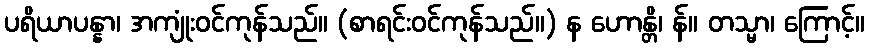
ပရိယာပန္နာ၊ အကျုံးဝင်ကုန်သည်။ (စာရင်းဝင်ကုန်သည်။) န ဟောန္တိ၊ န်။ တသ္မာ၊ ကြောင့်။